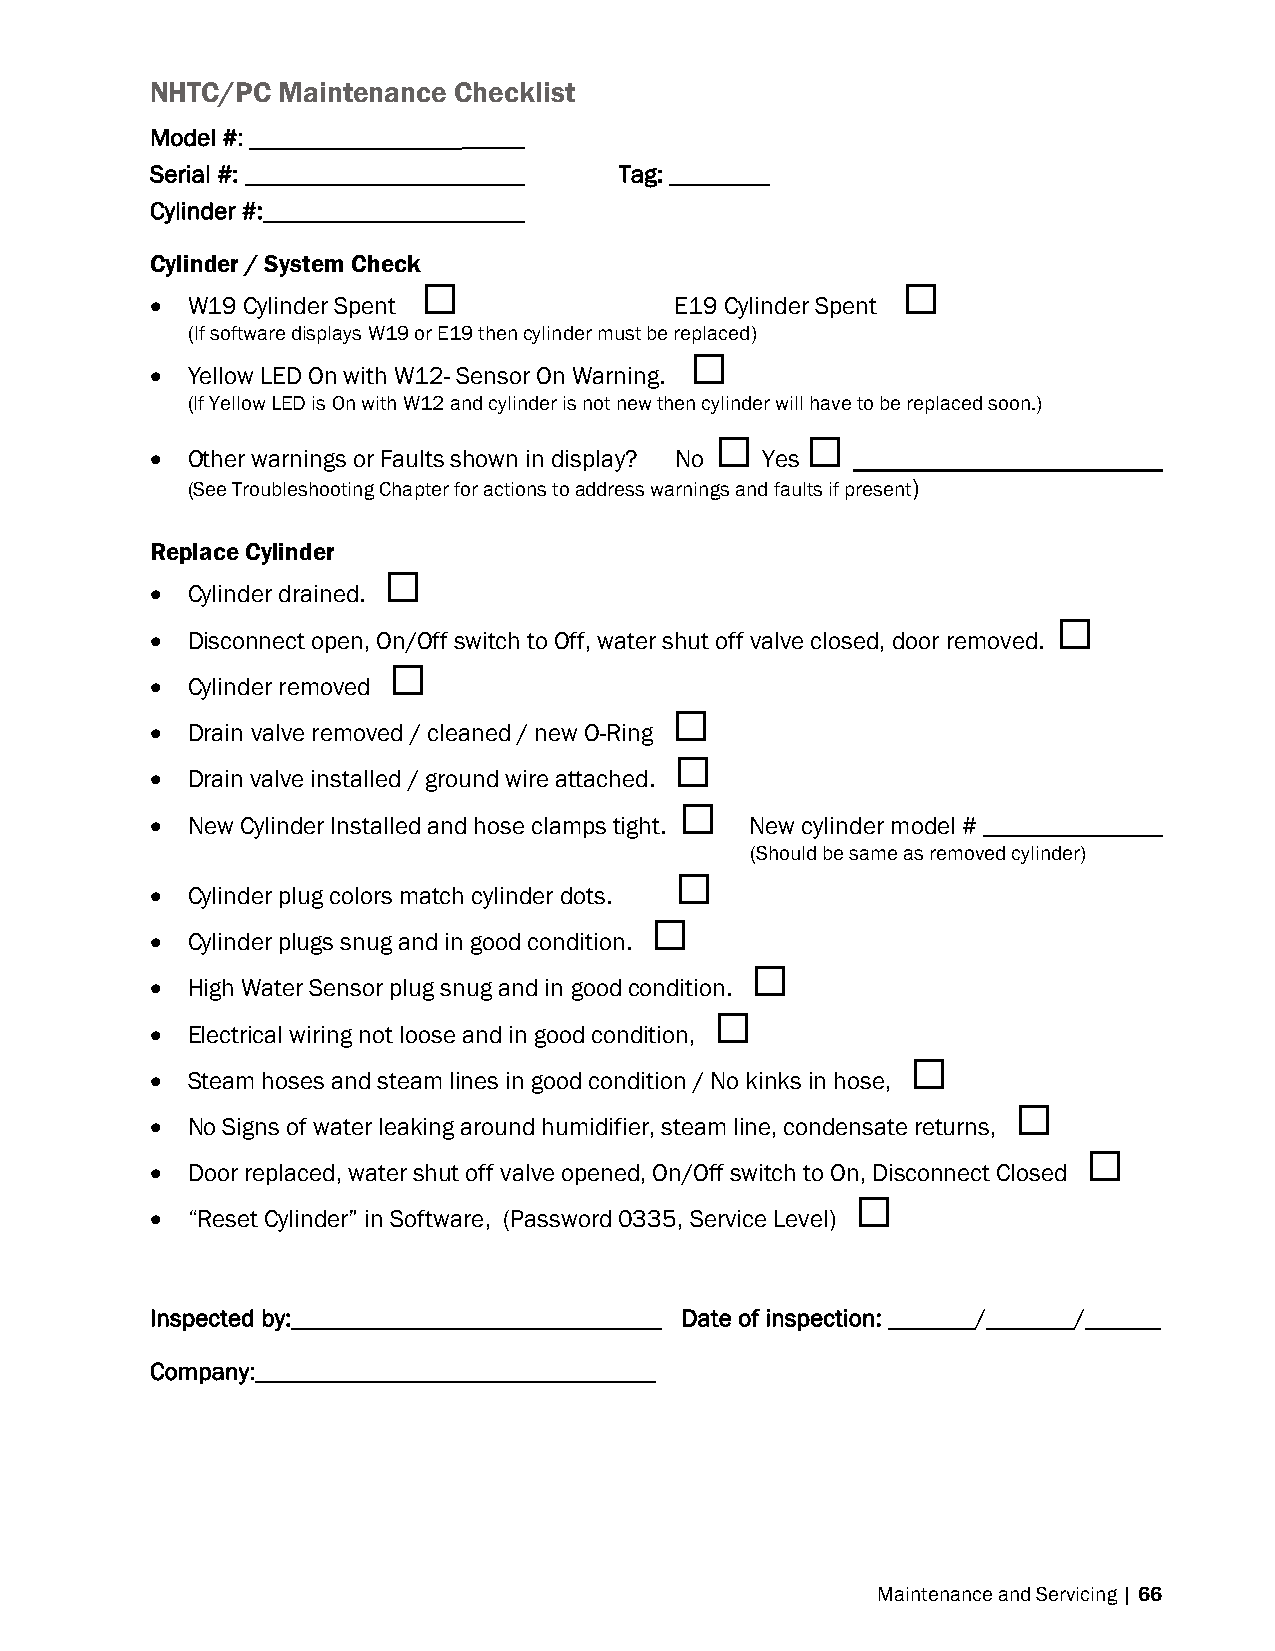
NHTC/PC Maintenance Checklist
 Model #: _________________
 Serial #: _________________    Tag: ________
 Cylinder #:
 Cylinder / System Check
                                
  W19 Cylinder Spent              E19 Cylinder Spent
 (If software displays W19 or E19 then cylinder must be replaced)
 
  Yellow LED On with W12- Sensor On Warning.
 (If Yellow LED is On with W12 and cylinder is not new then cylinder will have to be replaced soon.)
      
  Other warnings or Faults shown in display? No Yes
 (See Troubleshooting Chapter for actions to address warnings and faults if present)
 Replace Cylinder
 
  Cylinder drained.
 
  Disconnect open, On/Off switch to Off, water shut off valve closed, door removed.
 
  Cylinder removed
 
  Drain valve removed / cleaned / new O-Ring
 
  Drain valve installed / ground wire attached.
 
  New Cylinder Installed and hose clamps tight. New cylinder model #
 (Should be same as removed cylinder)
 
  Cylinder plug colors match cylinder dots.
 
  Cylinder plugs snug and in good condition.
 
  High Water Sensor plug snug and in good condition.
 
  Electrical wiring not loose and in good condition,
 
  Steam hoses and steam lines in good condition / No kinks in hose,
 
  No Signs of water leaking around humidifier, steam line, condensate returns,
 
  Door replaced, water shut off valve opened, On/Off switch to On, Disconnect Closed
 
  “Reset Cylinder” in Software, (Password 0335, Service Level)
 Inspected by:                      Date of inspection: _______/_______/______
 Company:
 Maintenance and Servicing | 66